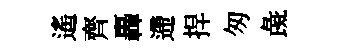
遙齊轟遰捍匆彘